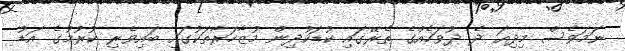
ނަމަވެސް މިދިއަ ދެ ދުވަހެއްގެ ތެރޭގައި ކުޑަކުދިން މުޒާހަރާތަކުގައި ބައިވެރި ކުރުމުގެ އަޑު